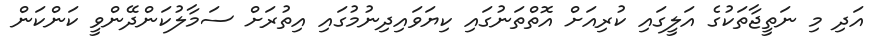
އަދި މި ނަތީޖާތަކުގެ އަލީގައި ކުރިއަށް އޮތްތަނުގައި ކިޔަވައިދިނުމުގައި އިތުރަށް ސަމާލުކަންދޭންވީ ކަންކަން